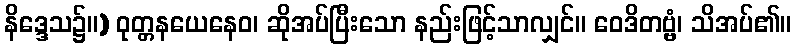
နိဒ္ဒေသ၌။) ဝုတ္တနယေနေဝ၊ ဆိုအပ်ပြီးသော နည်းဖြင့်သာလျှင်။ ဝေဒိတဗ္ဗံ၊ သိအပ်၏။